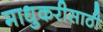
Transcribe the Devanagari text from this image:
माधुकरीसाठी